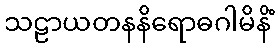
သဠာယတနနိရောဓဂါမိနိံ